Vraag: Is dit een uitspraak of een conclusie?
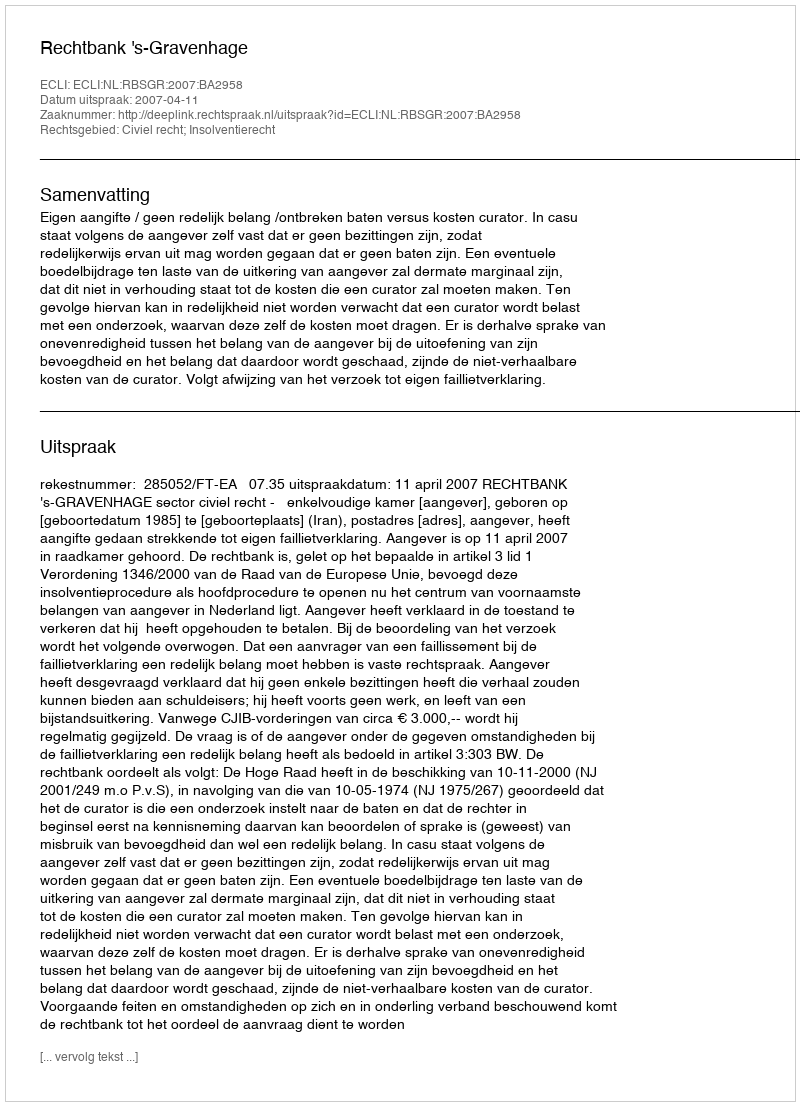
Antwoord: Uitspraak